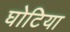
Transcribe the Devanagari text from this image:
घोटिया